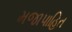
મજાપાહિત